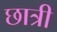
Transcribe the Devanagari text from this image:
छात्री